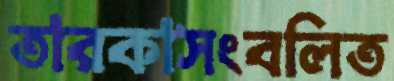
তারকাসংবলিত